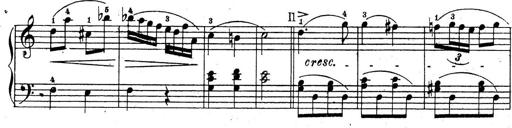
Title: 10 Sonatinas
Composer: Fritz Spindler